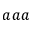
a a a